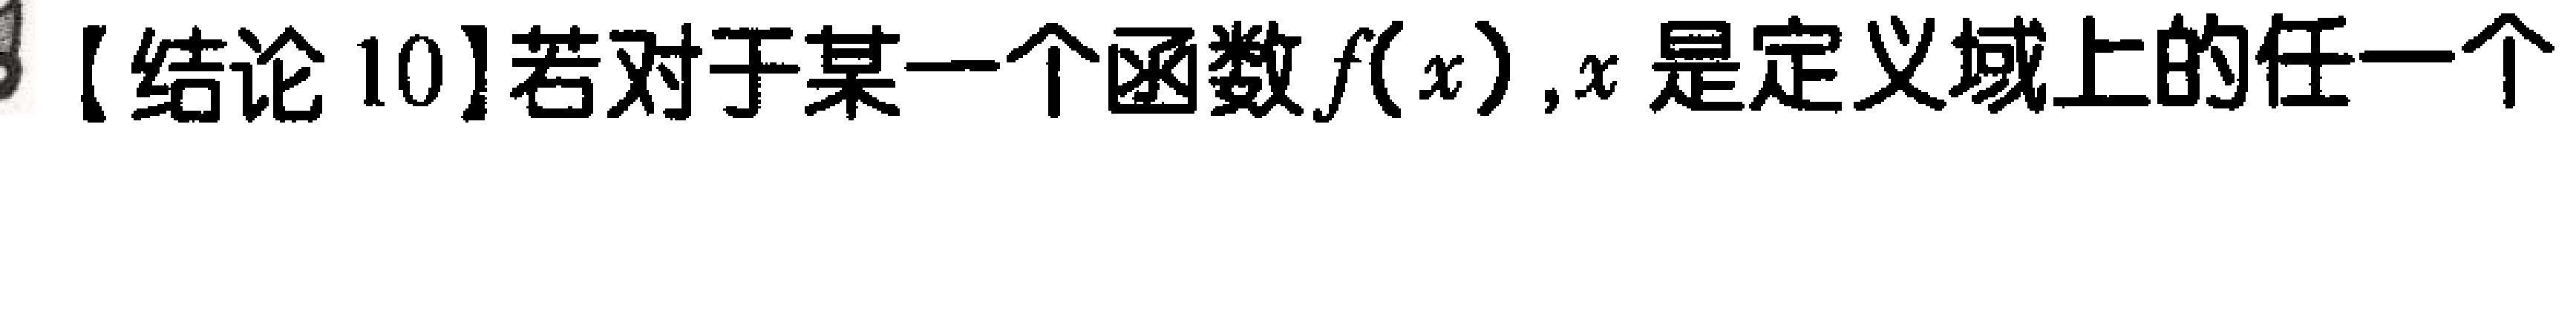
【结论 10】若对于某一个函数\(f(x)\)，\(x\)是定义域上的任一个